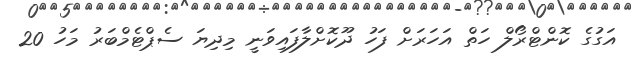
އަގުގެ ކޮންޓްރޯލް ހަތް އަހަރަށް ފަހު ދޫކޮށްލާފައިވަނީ މިދިޔަ ސެޕްޓެމްބަރު މަހު 20